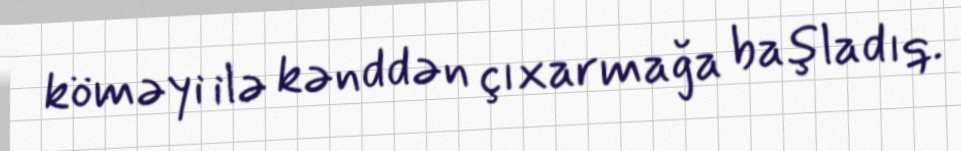
köməyi ilə kənddən çıxarmağa başladıq.